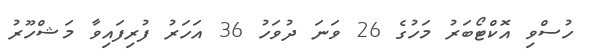
ހުސްވި އޮކްޓޯބަރު މަހުގެ 26 ވަނަ ދުވަހު 36 އަހަރު ފުރިފައިވާ މަޝްހޫރު